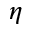
\eta